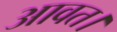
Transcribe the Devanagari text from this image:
आवत।